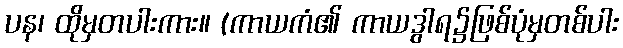
ပန၊ ထိုမှတပါးကား။ (ကာယကံ၏ ကာယဒွါရ၌ဖြစ်ပုံမှတစ်ပါး